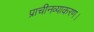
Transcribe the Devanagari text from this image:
प्राचीनव्याकरण।